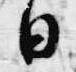
日